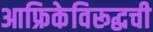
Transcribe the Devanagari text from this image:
आफ्रिकेविरूद्धची